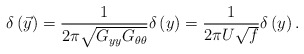
\begin{align*}\delta\left(\vec{y}\right) = \frac{1}{2\pi\sqrt{G_{yy}G_{\theta\theta}}} \delta\left( y \right) = \frac{1}{2\pi U\sqrt{f}}\delta\left( y\right).\end{align*}